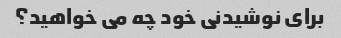
برای نوشیدنی خود چه می خواهید؟